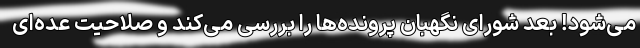
می‌شود! بعد شورای نگهبان پرونده‌ها را بررسی می‌کند و صلاحیت عده‌ای